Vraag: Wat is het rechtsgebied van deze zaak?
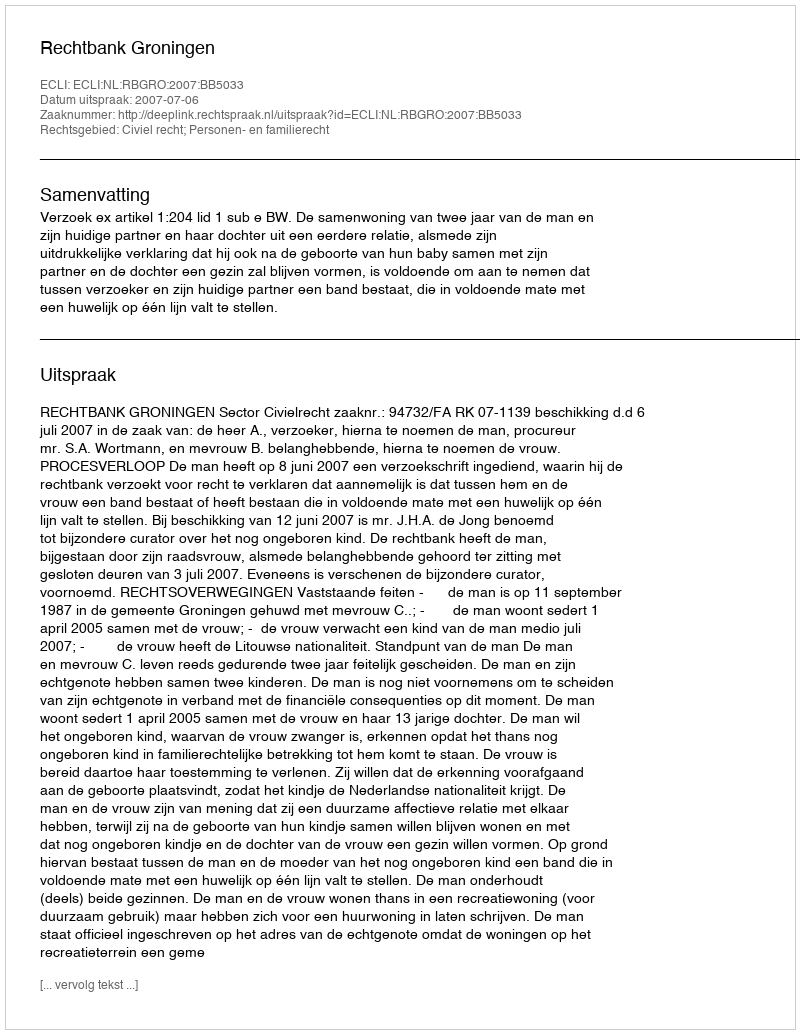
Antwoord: Civiel recht; Personen- en familierecht